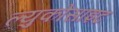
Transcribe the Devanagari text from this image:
ल्युकोसाइट